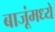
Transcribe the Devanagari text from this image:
बाजूंमध्ये